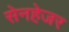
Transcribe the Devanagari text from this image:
सेनहेजर